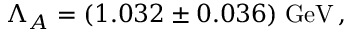
\Lambda _ { A } = ( 1 . 0 3 2 \pm 0 . 0 3 6 ) \mathrm { \; G e V } \, ,